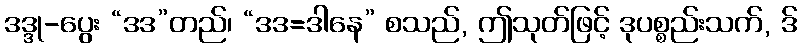
ဒဒ္ဒု-ပွေး “ဒဒ”တည်၊ “ဒဒ=ဒါနေ” စသည်, ဤသုတ်ဖြင့် ဒုပစ္စည်းသက်, ဒ်